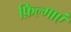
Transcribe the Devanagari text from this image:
फ़िल्माएं